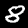
Label: 8